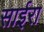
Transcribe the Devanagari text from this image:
साईरा